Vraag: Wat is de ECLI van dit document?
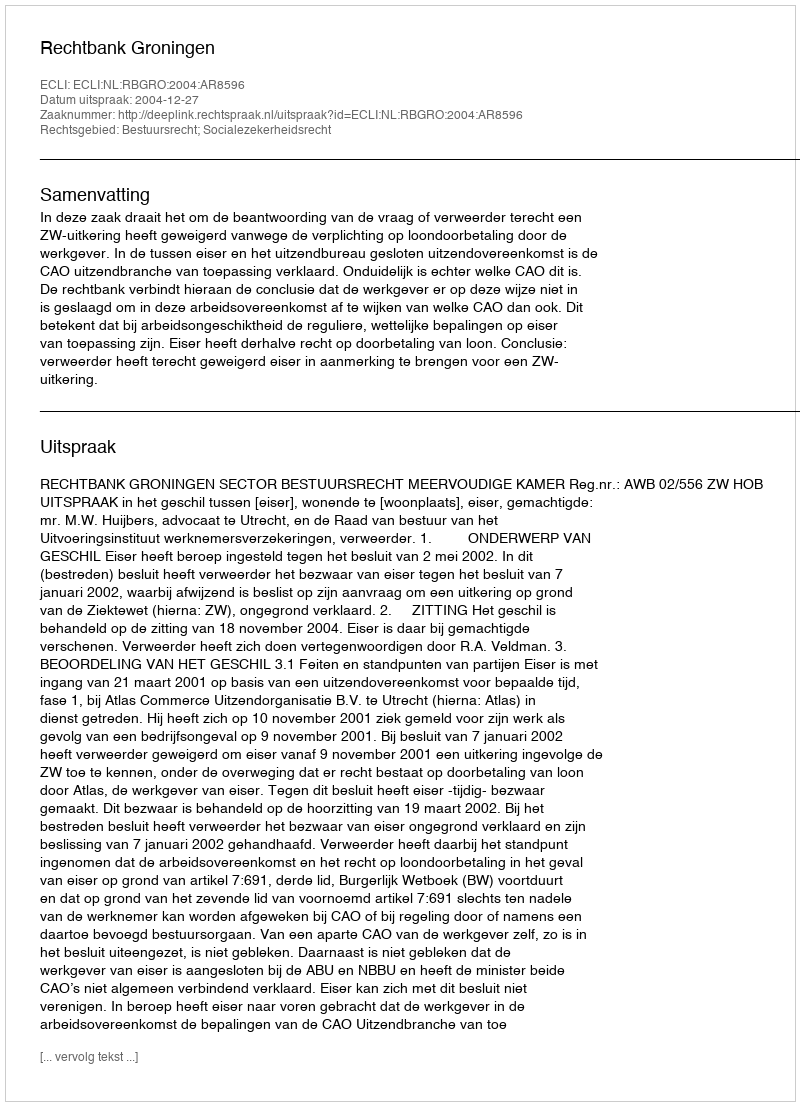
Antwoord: ECLI:NL:RBGRO:2004:AR8596